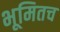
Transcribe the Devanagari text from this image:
भूमितच